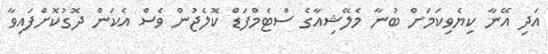
އަދި އޭނާ ކިޔެވިކަމަށް ބުނާ މެލޭޝިއާގެ ސްޓެމްފަޑް ކޮލެޖުން ވެސް އެކަން ދޮގުކޮށްފައިވާ